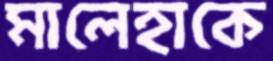
মালেহাকে